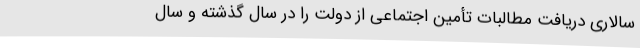
سالاری دریافت مطالبات تأمین اجتماعی از دولت را در سال گذشته و سال